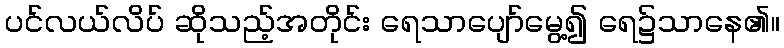
ပင်လယ်လိပ် ဆိုသည့်အတိုင်း ရေသာပျော်မွေ့၍ ရေ၌သာနေ၏။